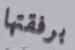
برفقتها